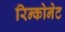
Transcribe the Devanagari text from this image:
रिन्कोनेट